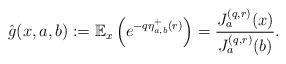
LaTeX: \begin{align*}\hat{g}(x,a,b) :=\mathbb{E}_x\left( e^{- q \eta_{a,b}^+(r)}\right)= \frac {J_a^{(q,r)}(x)} {J_a^{(q,r)}(b)}.\end{align*}